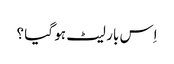
اِس بار لیٹ ہو گیا ؟